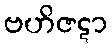
ဗဟိဇဋာ